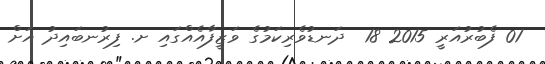
01 ފެބުރުއަރީ 2015 18  ދަނޑުވެރިކަމުގެ ވަޒީފާއެއްގައި ށ. ފިރުނބައިދު އަށް